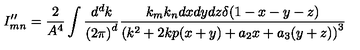
I _ { m n } ^ { \prime \prime } = \frac { 2 } { A ^ { 4 } } \int \frac { d ^ { d } k } { { ( 2 \pi ) } ^ { d } } \frac { k _ { m } k _ { n } d x d y d z \delta ( 1 - x - y - z ) } { { ( k ^ { 2 } + 2 k p ( x + y ) + a _ { 2 } x + a _ { 3 } ( y + z ) ) } ^ { 3 } }